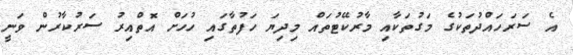
އެ ސަރަހައްދުތަކުގެ މަގުތަކާއި މާރުކޭޓުތައް މިދިޔަ ހަފުތާގައި ހުހަށް އޮތްއިރު ސަރުކާރުން ވަނީ